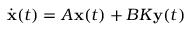
{ \dot { \mathbf { x } } } ( t ) = A \mathbf { x } ( t ) + B K \mathbf { y } ( t )